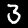
Label: 3